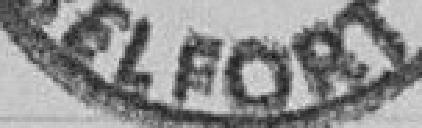
BELFORT